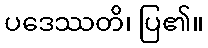
ပဒေဿတိ၊ ပြ၏။